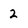
Character: 2